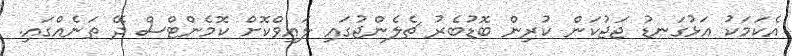
އެކަމަކު އަޅުގަނޑު ޖަޖުކަން ކުރިން ބޮޑުބެރު ޗެލެންޖުގައި ލައިވްކޮށް ކޮމެންޓްސް ދޭ ތަނެއްގައި.